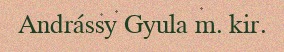
Andrássy Gyula m. kir.